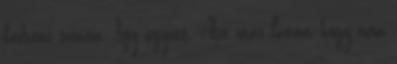
kedvenc színem. Így együtt. Azt már látom, hogy nem